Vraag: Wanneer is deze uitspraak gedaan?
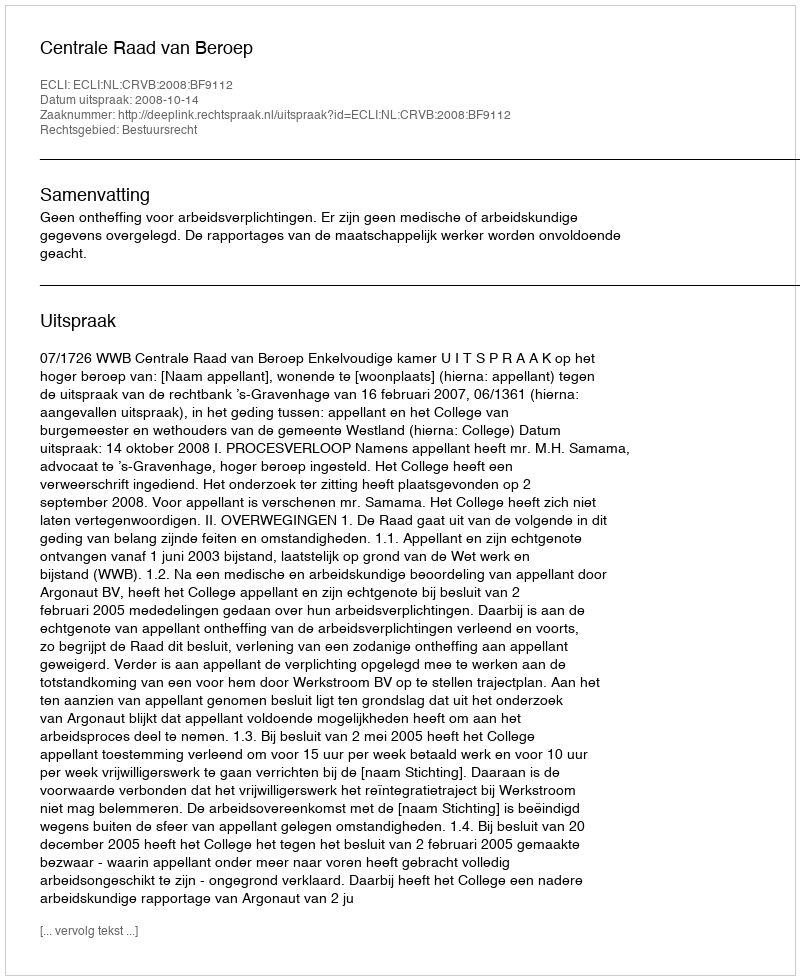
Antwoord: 2008-10-14